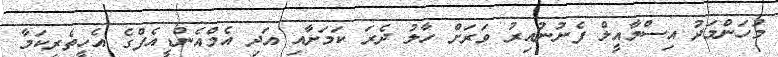
މުހަންމަދު އިސްމާއީލް ފެނުނުއިރު ވަރަށް ހާލު ދެރަ ކަމަށާއި އަދި އެމްއެންޑީއެފްގެ އެހީތެރިކަމާ